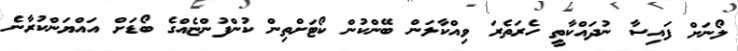
ލޯނަށް ފައިސާ ނުދައްކާތީ ހެރަތެރަ ވިއްކާލަން ބޭންކުން ކޯޓަށްތިން ކުންފުންޏެއްގެ ބޯޑަށް އައްޔަންކުރާނެ